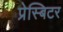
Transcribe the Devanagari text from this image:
प्रेस्बिटर